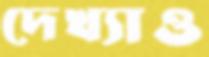
দেখ্যাও